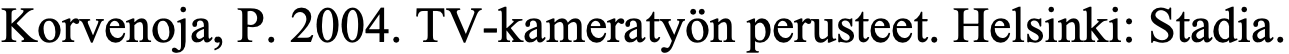
Korvenoja, P. 2004. TV-kameratyön perusteet. Helsinki: Stadia.